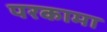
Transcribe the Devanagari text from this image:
परकामा